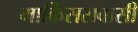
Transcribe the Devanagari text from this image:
मार्किससवासी